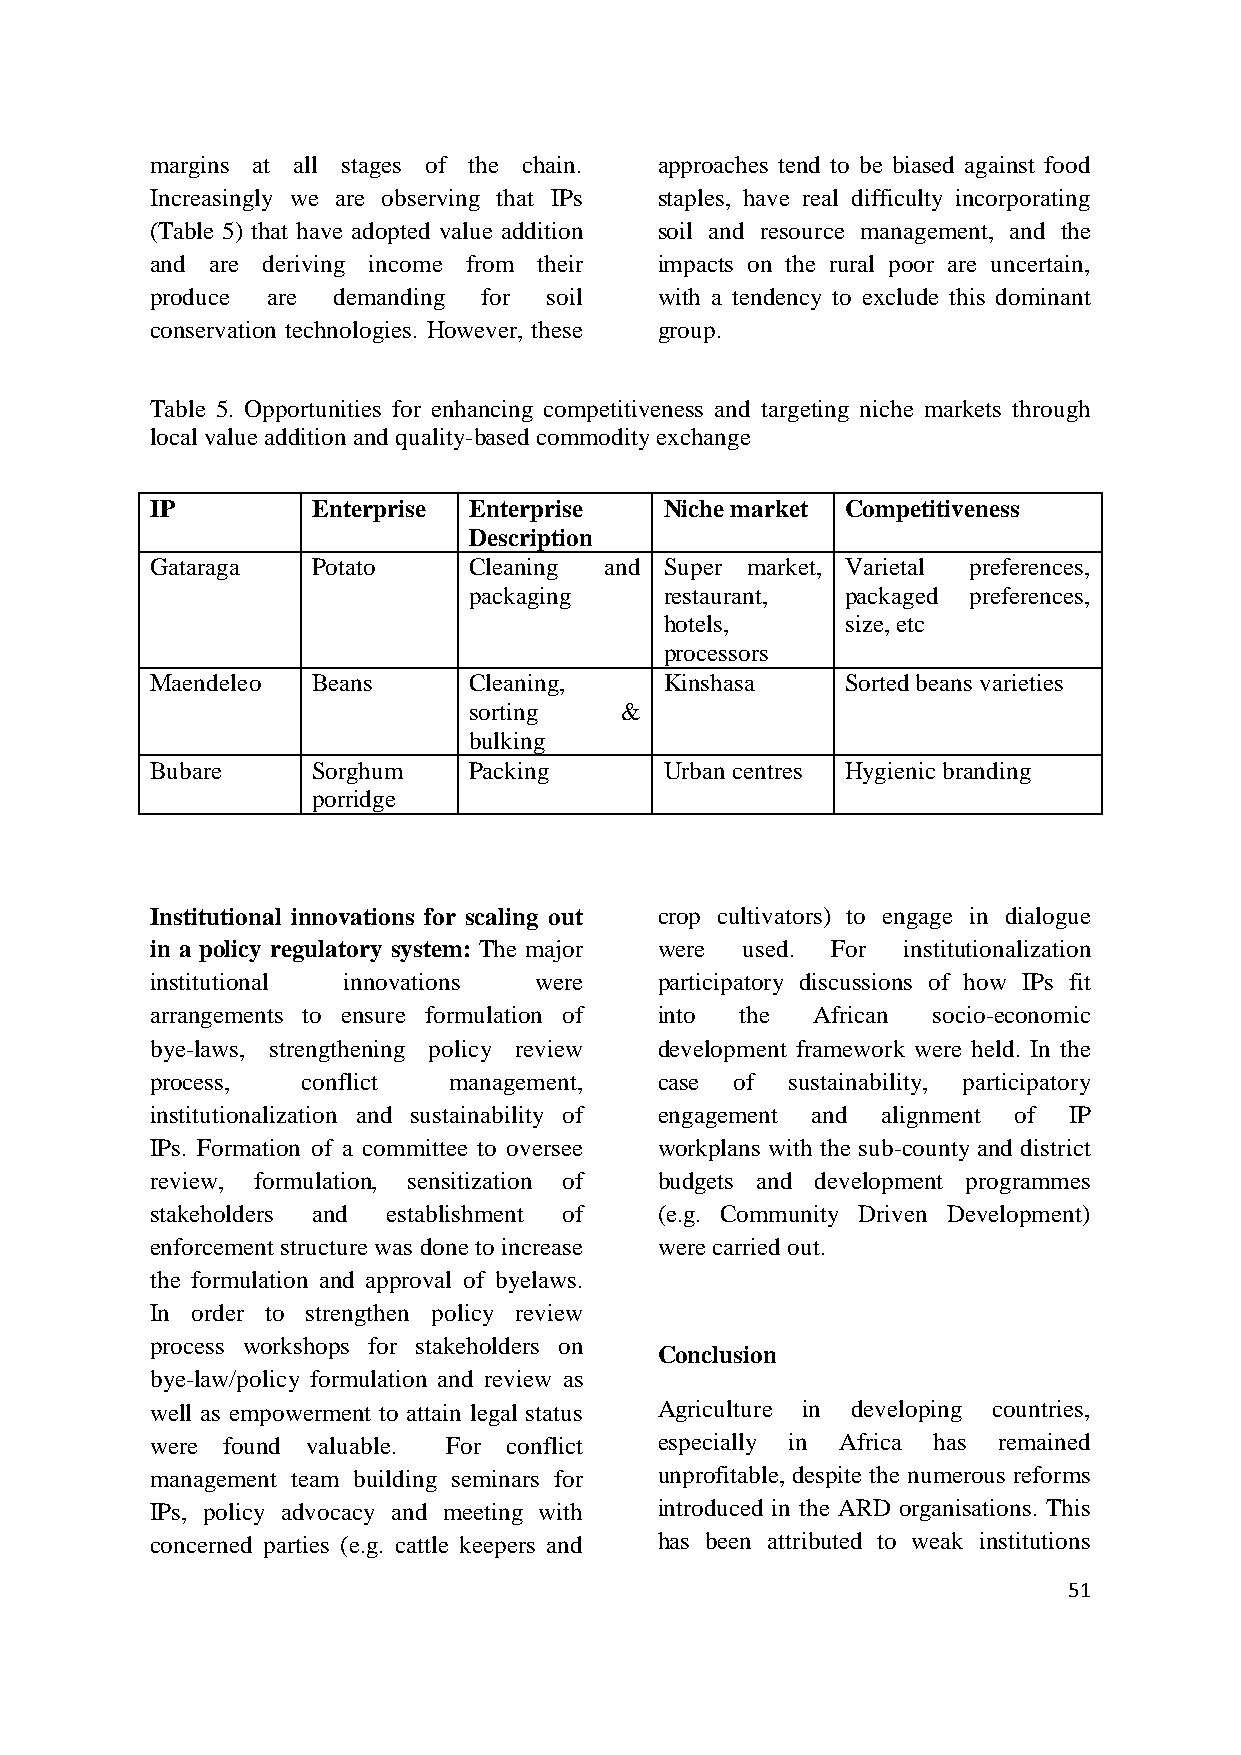
margins at all stages of the chain. approaches tend to be biased against food
 Increasingly we are observing that IPs staples, have real difficulty incorporating
 (Table 5) that have adopted value addition soil and resource management, and the
 and are deriving income from their impacts on the rural poor are uncertain,
 produce are demanding for soil    with a tendency to exclude this dominant
 conservation technologies. However, these group.
 Table 5. Opportunities for enhancing competitiveness and targeting niche markets through
 local value addition and quality-based commodity exchange
 IP         Enterprise Enterprise  Niche market Competitiveness
 Description
 Gataraga   Potato    Cleaning and Super market, Varietal preferences,
 packaging    restaurant, packaged preferences,
 hotels,     size, etc
 processors
 Maendeleo  Beans     Cleaning,    Kinshasa    Sorted beans varieties
 sorting   &
 bulking
 Bubare     Sorghum   Packing      Urban centres Hygienic branding
 porridge
 Institutional innovations for scaling out crop cultivators) to engage in dialogue
 in a policy regulatory system: The major were used. For institutionalization
 institutional innovations were    participatory discussions of how IPs fit
 arrangements to ensure formulation of into the African socio-economic
 bye-laws, strengthening policy review development framework were held. In the
 process,  conflict  management,   case of sustainability, participatory
 institutionalization and sustainability of engagement and alignment of IP
 IPs. Formation of a committee to oversee workplans with the sub-county and district
 review, formulation, sensitization of budgets and development programmes
 stakeholders and establishment of (e.g. Community Driven Development)
 enforcement structure was done to increase were carried out.
 the formulation and approval of byelaws.
 In order to strengthen policy review
 process workshops for stakeholders on
 Conclusion
 bye-law/policy formulation and review as
 well as empowerment to attain legal status Agriculture in developing countries,
 were found valuable. For conflict especially in Africa has remained
 management team building seminars for unprofitable, despite the numerous reforms
 IPs, policy advocacy and meeting with introduced in the ARD organisations. This
 concerned parties (e.g. cattle keepers and has been attributed to weak institutions
 51